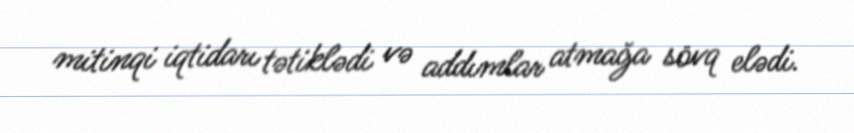
mitinqi iqtidarı tətiklədi və addımlar atmağa sövq elədi.